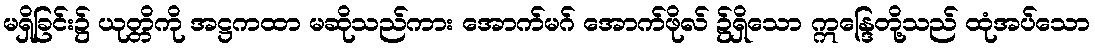
မရှိခြင်း၌ ယုတ္တိကို အဋ္ဌကထာ မဆိုသည်ကား အောက်မဂ် အောက်ဖိုလ် ၌ရှိသော ဣန္ဒြေတို့သည် ထုံအပ်သော